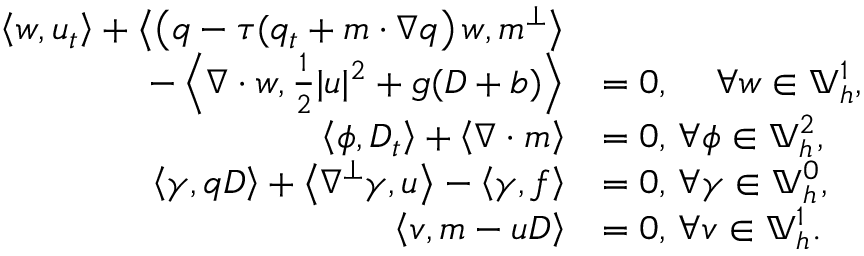
\begin{array} { r l } { \left\langle w , u _ { t } \right\rangle + \left\langle \left( q - { \tau } ( q _ { t } + m \cdot \nabla q \right) w , m ^ { \perp } \right\rangle } & { } \\ { \qquad - \left\langle \nabla \cdot w , \frac { 1 } { 2 } | u | ^ { 2 } + g ( D + b ) \right\rangle } & { = 0 , \, \quad \forall w \in \mathbb { V } _ { h } ^ { 1 } , } \\ { \left\langle \phi , D _ { t } \right\rangle + \left\langle \nabla \cdot m \right\rangle } & { = 0 , \, \forall \phi \in \mathbb { V } _ { h } ^ { 2 } , } \\ { \left\langle \gamma , q D \right\rangle + \left\langle \nabla ^ { \perp } \gamma , u \right\rangle - \left\langle \gamma , f \right\rangle } & { = 0 , \, \forall \gamma \in \mathbb { V } _ { h } ^ { 0 } , } \\ { \left\langle v , m - u D \right\rangle } & { = 0 , \, \forall v \in \mathbb { V } _ { h } ^ { 1 } . } \end{array}